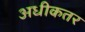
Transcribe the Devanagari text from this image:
अधीकतर